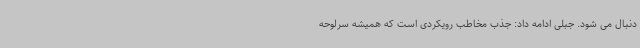
دنبال می شود. جبلی ادامه داد: جذب مخاطب رویکردی است که همیشه سرلوحه